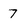
Character: 7